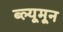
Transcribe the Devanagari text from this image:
ब्ल्यूमून